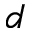
d